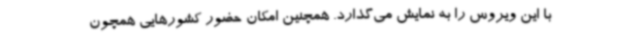
با این ویروس را به نمایش می‌گذارد. همچنین امکان حضور کشورهایی همچون